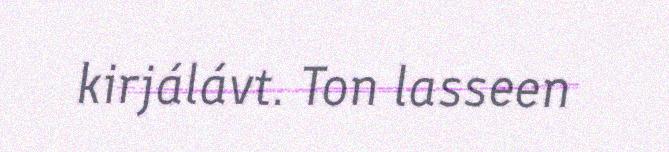
kirjálávt. Ton lasseen